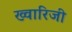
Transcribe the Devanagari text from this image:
ख्वारिजी